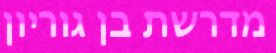
מדרשת בן גוריון